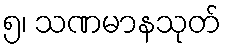
၅၊ သဏမာနသုတ်